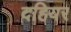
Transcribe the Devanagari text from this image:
दहियर